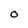
Character: O